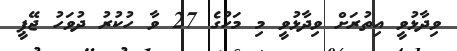
ވިދާޅުވީ އިތުރަށް ވިދާޅުވީ މި މަހުގެ 27 ވާ ހުކުރު ދުވަހު ޖޭޕީ